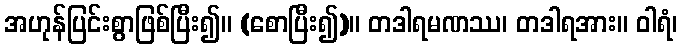
အဟုန်ပြင်းစွာဖြစ်ပြီး၍။ (စောပြီး၍)။ တဒါရမဏဿ၊ တဒါရအား။ ဝါရံ၊